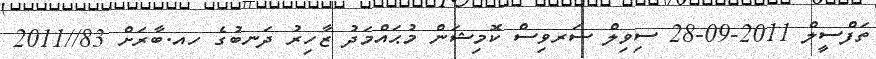
ތަފްސީލް 2011-09-28 ސިވިލް ސަރވިސް ކޮމިޝަން މުޙައްމަދު ޒާހިރު ދަނބުގެ ހއ.ބާރަށް 83//2011